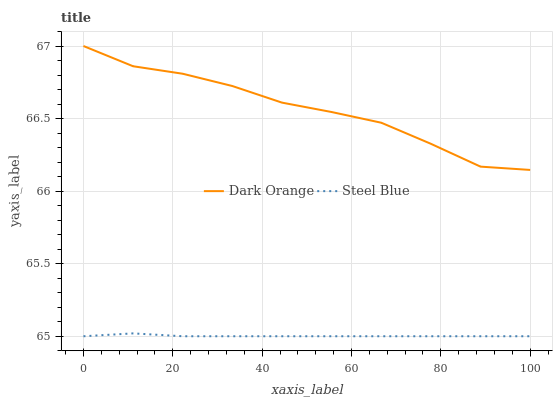
| xaxis_label | Dark Orange | Steel Blue |
 | --- | --- | --- |
 | 0 | 67 | 65 |
 | 11.1 | 66.9 | 65 |
 | 22.2 | 66.8 | 65 |
 | 33.3 | 66.7 | 65 |
 | 44.4 | 66.6 | 65 |
 | 55.6 | 66.5 | 65 |
 | 66.7 | 66.5 | 65 |
 | 77.8 | 66.3 | 65 |
 | 88.9 | 66.2 | 65 |
 | 100 | 66.1 | 65 |